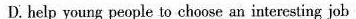
D.help young people to choose an interesting job